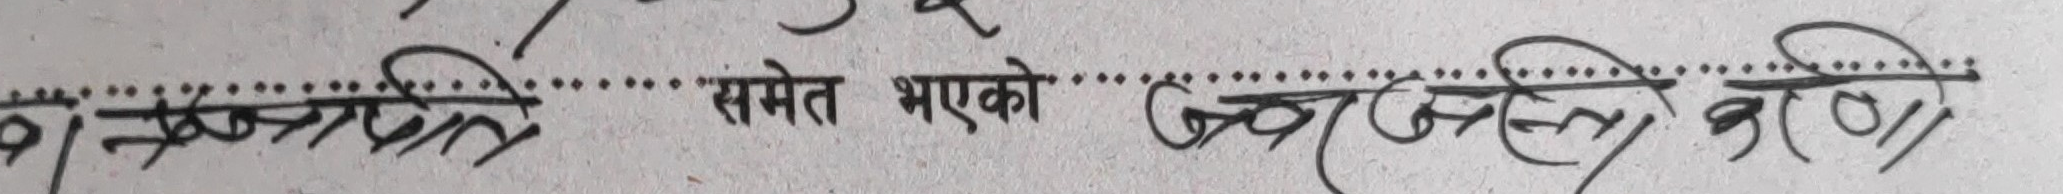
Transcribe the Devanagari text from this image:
विप्रति समेत भएको उद्देश्य गरि